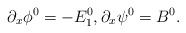
LaTeX: \begin{align*}\partial_x\phi^0=-E_1^0,\partial_x\psi^0=B^0.\end{align*}